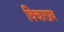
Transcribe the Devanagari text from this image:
विचारप्रद